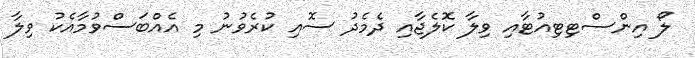
ލޯ އިންސްޓިޓިއުޓާއި ވިލާ ކޮލެޖާއި ދެމެދު ސޮއި ކުރެވުނު މި އެއްބަސްވުމާއެކު ވިލާ